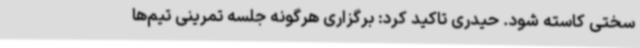
سختی کاسته شود. حیدری تاکید کرد: برگزاری هرگونه جلسه تمرینی تیم‌ها